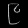
Digit: ၉